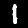
Digit: 1